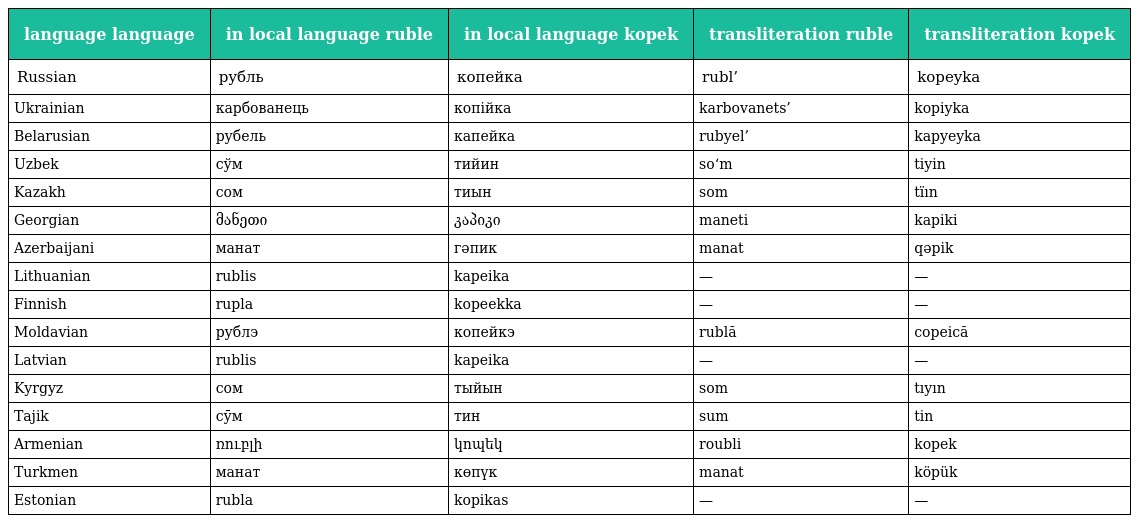
| language language | in local language ruble | in local language kopek | transliteration ruble | transliteration kopek |
 | --- | --- | --- | --- | --- |
 | Russian | рубль | копейка | rubl’ | kopeyka |
 | Ukrainian | карбованець | копійка | karbovanets’ | kopiyka |
 | Belarusian | рубель | капейка | rubyel’ | kapyeyka |
 | Uzbek | сўм | тийин | so‘m | tiyin |
 | Kazakh | сом | тиын | som | tïın |
 | Georgian | მანეთი | კაპიკი | maneti | kapiki |
 | Azerbaijani | манат | гəпик | manat | qəpik |
 | Lithuanian | rublis | kapeika | — | — |
 | Finnish | rupla | kopeekka | — | — |
 | Moldavian | рублэ | копейкэ | rublă | copeică |
 | Latvian | rublis | kapeika | — | — |
 | Kyrgyz | сом | тыйын | som | tıyın |
 | Tajik | сӯм | тин | sum | tin |
 | Armenian | ռուբլի | կոպեկ | roubli | kopek |
 | Turkmen | манат | көпүк | manat | köpük |
 | Estonian | rubla | kopikas | — | — |